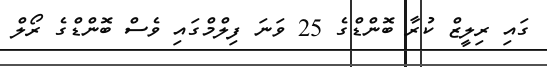
ގައި ރިލީޒް ކުރާ ބޮންޑްގެ 25 ވަނަ ފިލްމްގައި ވެސް ބޮންޑްގެ ރޯލް